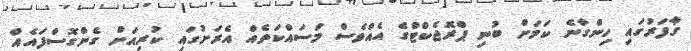
ގާފަރުގައި ހިންގާނެ ކަމަށް ބުނި ޕްރޮޖެކްޓްގެ އެއްވެސް މަސައްކަތެއް އެރަށުގައި ކުރިއަށް ގެންގޮސްފައެއް